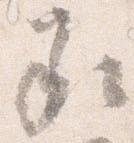
承